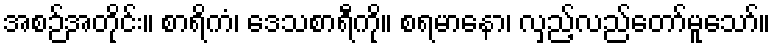
အစဉ်အတိုင်း။ စာရိကံ၊ ဒေသစာရီကို။ စရမာနော၊ လှည့်လည်တော်မူသော်။